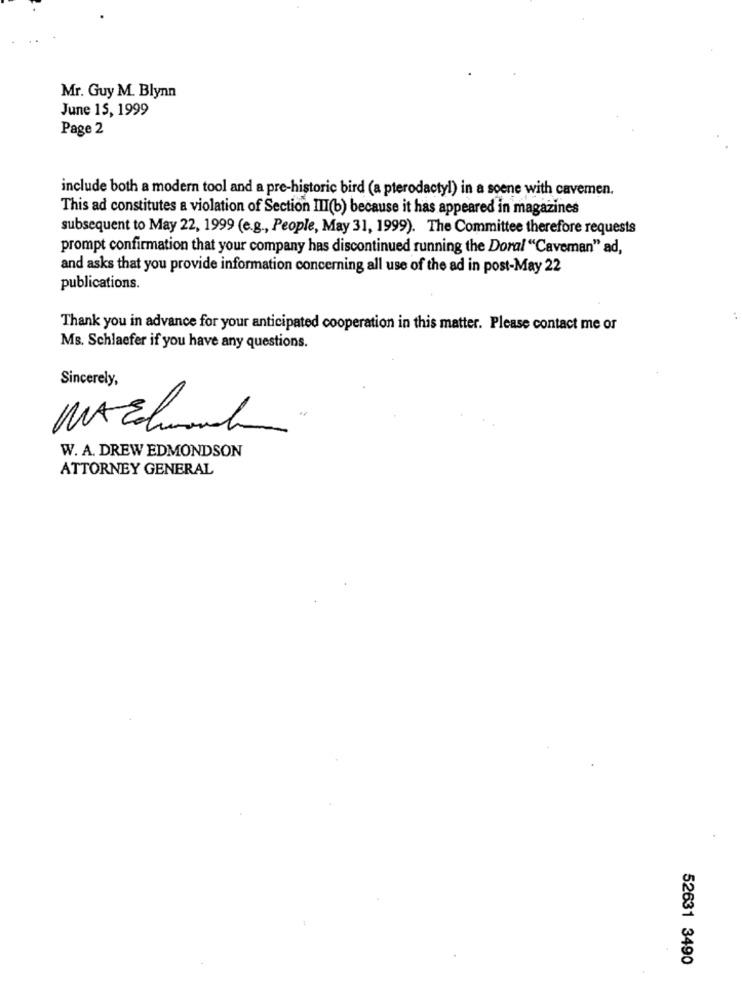
Mr. Guy M. Blynn
June 15, 1999
Page 2
include both a modern tool and a pre-historic bird (a pterodactyl) in a soene with cavemen.
This ad constitutes a violation of Section III(b) because it has appeared in magazines
subsequent to May 22, 1999 (e.g ., People, May 31, 1999). The Committee therefore requests
prompt confirmation that your company has discontinued running the Doral "Caveman" ad,
and asks that you provide information concerning all use of the ad in post-May 22
publications.
Thank you in advance for your anticipated cooperation in this matter. Please contact me or
Ms. Schlaefer if you have any questions.
Sincerely,
W. A. DREW EDMONDSON
ATTORNEY GENERAL
52631 3490